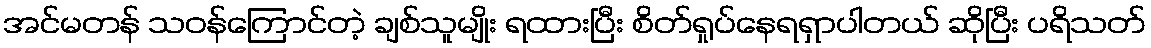
အင်မတန် သဝန်ကြောင်တဲ့ ချစ်သူမျိုး ရထားပြီး စိတ်ရှုပ်နေရရှာပါတယ် ဆိုပြီး ပရိသတ်